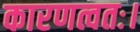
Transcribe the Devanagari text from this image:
कारणत्वतः।